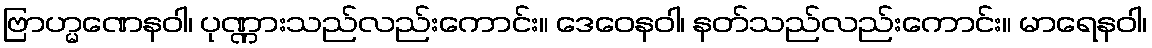
ဗြာဟ္မဏေနဝါ၊ ပုဏ္ဏားသည်လည်းကောင်း။ ဒေဝေနဝါ၊ နတ်သည်လည်းကောင်း။ မာရေနဝါ၊